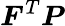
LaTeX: {\boldsymbol{F}}^{T}{\boldsymbol{P}}